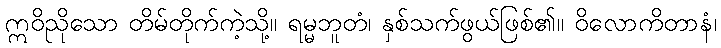
ဣဝိညိုသော တိမ်တိုက်ကဲ့သို့။ ရမ္မဘူတံ၊ နှစ်သက်ဖွယ်ဖြစ်၏။ ဝိလောကိတာနံ၊